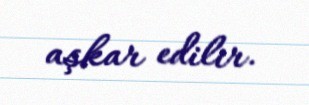
aşkar edilir.